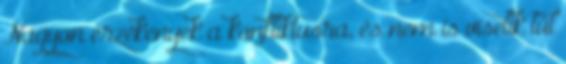
Nagyon érzékenyek a konfliktusra, és nem is viselik túl